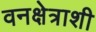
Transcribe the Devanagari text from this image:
वनक्षेत्राशी